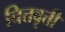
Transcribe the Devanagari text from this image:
चित्तवृत्ती